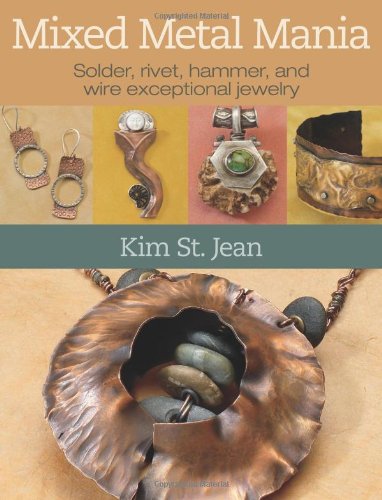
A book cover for Mixed Metal Mania: Solder, rivet, hammer, and wire exceptional jewelry; Kim St. Jean; Crafts, Hobbies & Home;